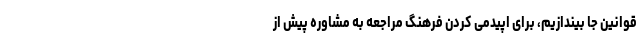
قوانین جا بیندازیم، برای اپیدمی کردن فرهنگ مراجعه به مشاوره پیش از